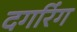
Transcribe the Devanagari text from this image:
दगरिंग